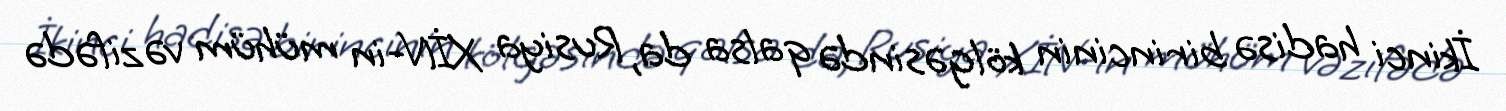
İkinci hadisə birincinin kölgəsində qalsa da, Rusiya XİN-in mühüm vəzifədə